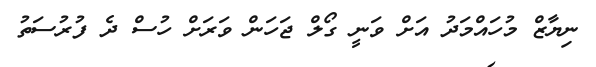
ނިޔާޒް މުހައްމަދު އަށް ވަނީ ގޯލް ޖަހަން ވަރަށް ހުސް ދެ ފުރުސަތު